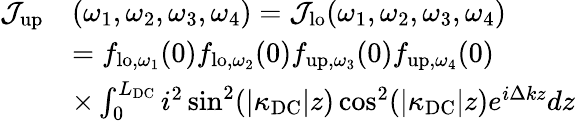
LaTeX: \begin{array}{rl}{\mathcal{J}_{\mathrm{up}}}&{(\omega_{1},\omega_{2},\omega_{3},\omega_{4})=\mathcal{J}_{\mathrm{lo}}(\omega_{1},\omega_{2},\omega_{3},\omega_{4})}\\ &{={f}_{\mathrm{lo},\omega_{1}}(0){f}_{\mathrm{lo},\omega_{2}}(0){f}_{\mathrm{up},\omega_{3}}(0){f}_{\mathrm{up},\omega_{4}}(0)}\\ &{\times\int_{0}^{L_{\mathrm{DC}}}i^{2}\sin^{2}(|\kappa_{\mathrm{DC}}|z)\cos^{2}(|\kappa_{\mathrm{DC}}|z)e^{i\Delta kz}dz}\end{array}